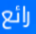
رائع